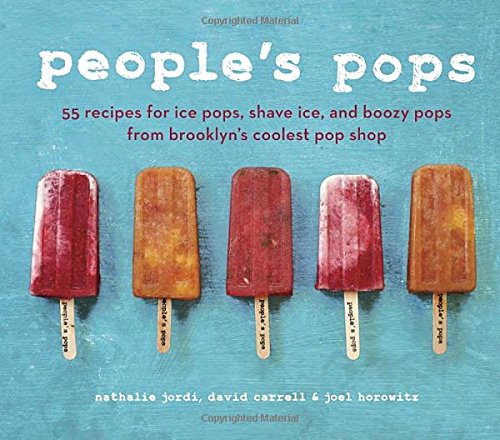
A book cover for People's Pops: 55 Recipes for Ice Pops, Shave Ice, and Boozy Pops from Brooklyn's Coolest Pop Shop; Nathalie Jordi; Cookbooks, Food & Wine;